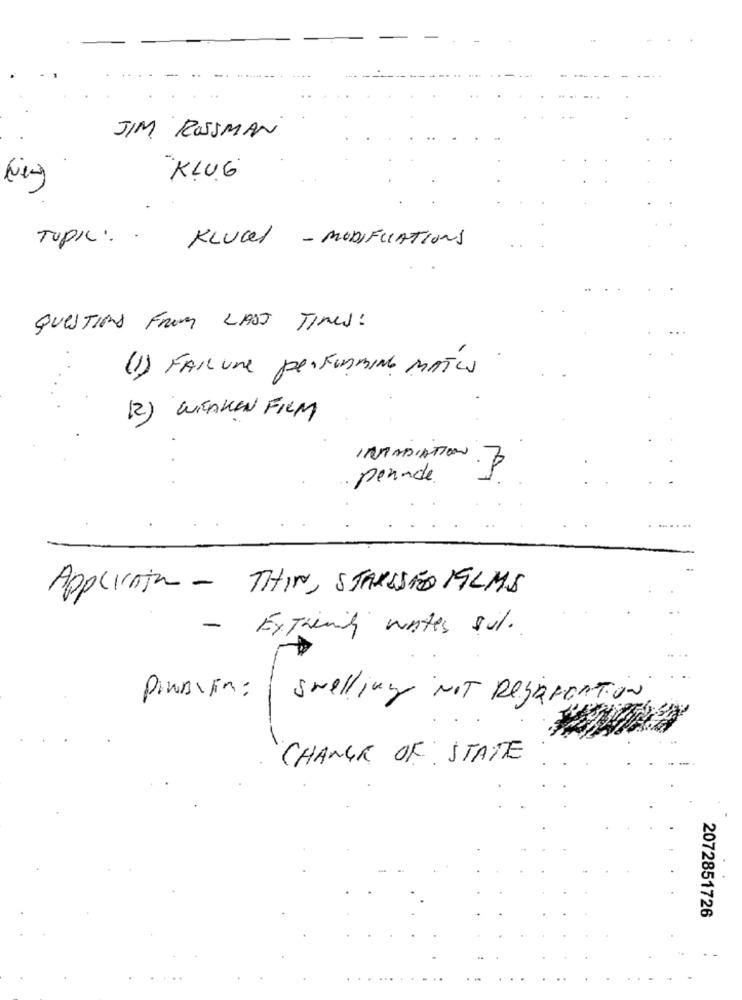
JIM ROSSMAN
"KLUG
TOPIC:
KLUCI - MODIFICATIONS
QUESTIONS FROM LAST TIMES!
(1) FAILune performing MATS
(2) WEAKEN FILM
INRADIATION
3
·penade.
. ..
Applicato - THIN, STARESED FILMS
- Extremity water sul.
Poussin: swelling NOT RegardAtion
CHANGE OF STATE
2072851726